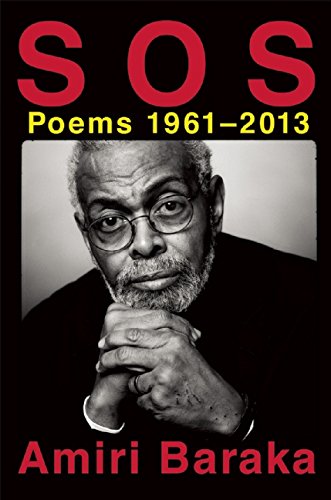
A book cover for S O S: Poems 1961-2013; Amiri Baraka; Literature & Fiction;